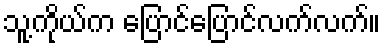
သူ့ကိုယ်က ပြောင်ပြောင်လက်လက်။